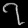
Digit: ၇